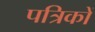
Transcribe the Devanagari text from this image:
पत्रिकों